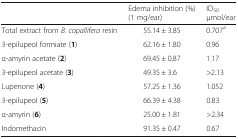
|  | Edema inhibition (%)(1 mg/ear) | ID50μmol/ear |
 | --- | --- | --- |
 | Total extract from B. copallifera resin | 55.14 ± 3.85 | 0.707a |
 | 3-epilupeol formiate (1) | 62.16 ± 1.80 | 0.96 |
 | α-amyrin acetate (2) | 69.45 ± 0.87 | 1.17 |
 | 3-epilupeol acetate (3) | 49.35 ± 3.6 | >2.13 |
 | Lupenone (4) | 57.25 ± 1.36 | 1.052 |
 | 3-epilupeol (5) | 66.39 ± 4.38 | 0.83 |
 | α-amyrin (6) | 25.00 ± 1.81 | >2.34 |
 | Indomethacin | 91.35 ± 0.47 | 0.67 |